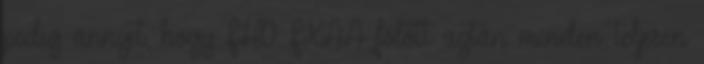
pedig annyit, hogy FHD FXAA fölött aztán minden teljesen